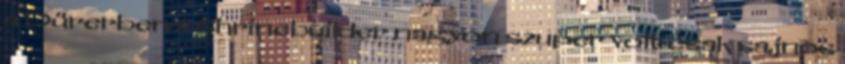
a Dürerben a Shrinebuilder nagyon szuper volt csak sajnos